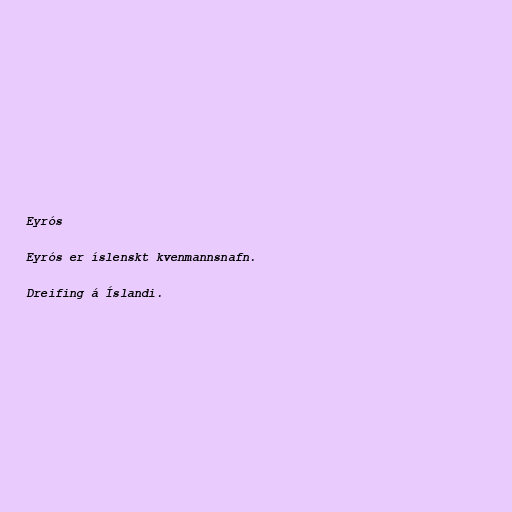
Eyrós

Eyrós er íslenskt kvenmannsnafn.

Dreifing á Íslandi.